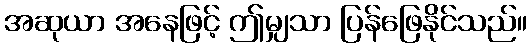
အဆုယာ အနေဖြင့် ဤမျှသာ ပြန်ဖြေနိုင်သည်။